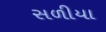
સળીયા